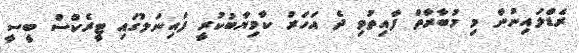
ރެޑްލައިނުން މި މުބާރާތް ފާއިތުވި ދެ އަހަރު ކާމިޔާބުކުރީ ފައިނަލުގައި ޓީރެކްސް ބީސީ